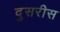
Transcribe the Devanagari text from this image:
दुसरीस